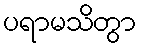
ပရာမသိတွာ